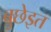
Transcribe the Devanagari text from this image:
बुछेइत